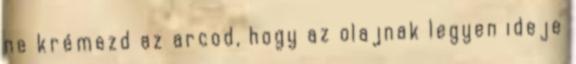
ne krémezd az arcod, hogy az olajnak legyen ideje